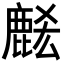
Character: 𪊭